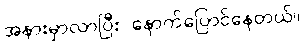
အနားမှာလာပြီး နောက်ပြောင်နေတယ်။